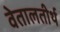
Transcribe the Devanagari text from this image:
वेतालतीर्थ